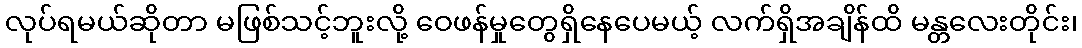
လုပ်ရမယ်ဆိုတာ မဖြစ်သင့်ဘူးလို့ ဝေဖန်မှုတွေရှိနေပေမယ့် လက်ရှိအချိန်ထိ မန္တလေးတိုင်း၊